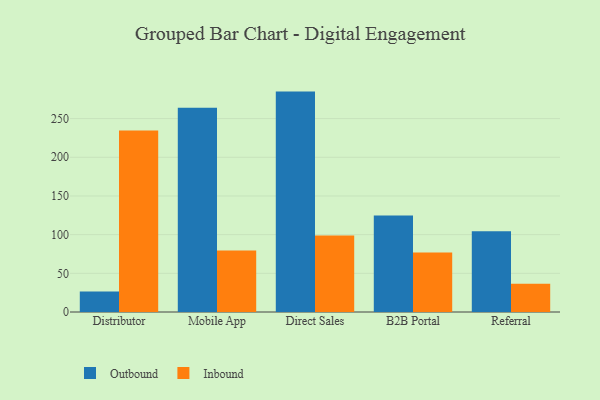
{"axis": {"x": "Channel", "y": "Net Income (USD K)"}, "legend": ["Inbound", "Outbound"], "data": [{"x": "Distributor", "y": 26.5, "type": "Outbound"}, {"x": "Distributor", "y": 234.5, "type": "Inbound"}, {"x": "Mobile App", "y": 264.1, "type": "Outbound"}, {"x": "Mobile App", "y": 79.4, "type": "Inbound"}, {"x": "Direct Sales", "y": 284.9, "type": "Outbound"}, {"x": "Direct Sales", "y": 99.0, "type": "Inbound"}, {"x": "B2B Portal", "y": 124.7, "type": "Outbound"}, {"x": "B2B Portal", "y": 76.9, "type": "Inbound"}, {"x": "Referral", "y": 104.4, "type": "Outbound"}, {"x": "Referral", "y": 36.5, "type": "Inbound"}]}